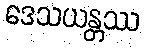
ဒေသယန္တဿ